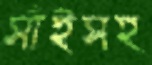
সাঁইসহ